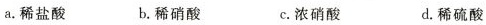
a。稀盐酸 b。稀硝酸 C.浓硝酸 d。稀硫酸(